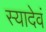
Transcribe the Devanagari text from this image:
स्यादेवं